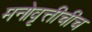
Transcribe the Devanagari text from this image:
मनोवृत्तीचीच